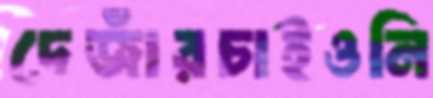
দেজাঁরচাইওনি